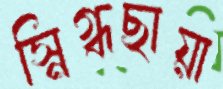
স্নিগ্ধছায়া